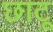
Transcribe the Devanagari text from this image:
छाटू